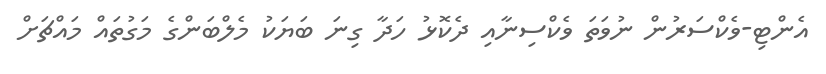
އެންޓި-ވެކްސަރުން ނުވަތަ ވެކްސިނާއި ދެކޮޅު ހަދާ ގިނަ ބަޔަކު މެލްބަންގެ މަގުތައް މައްޗަށް